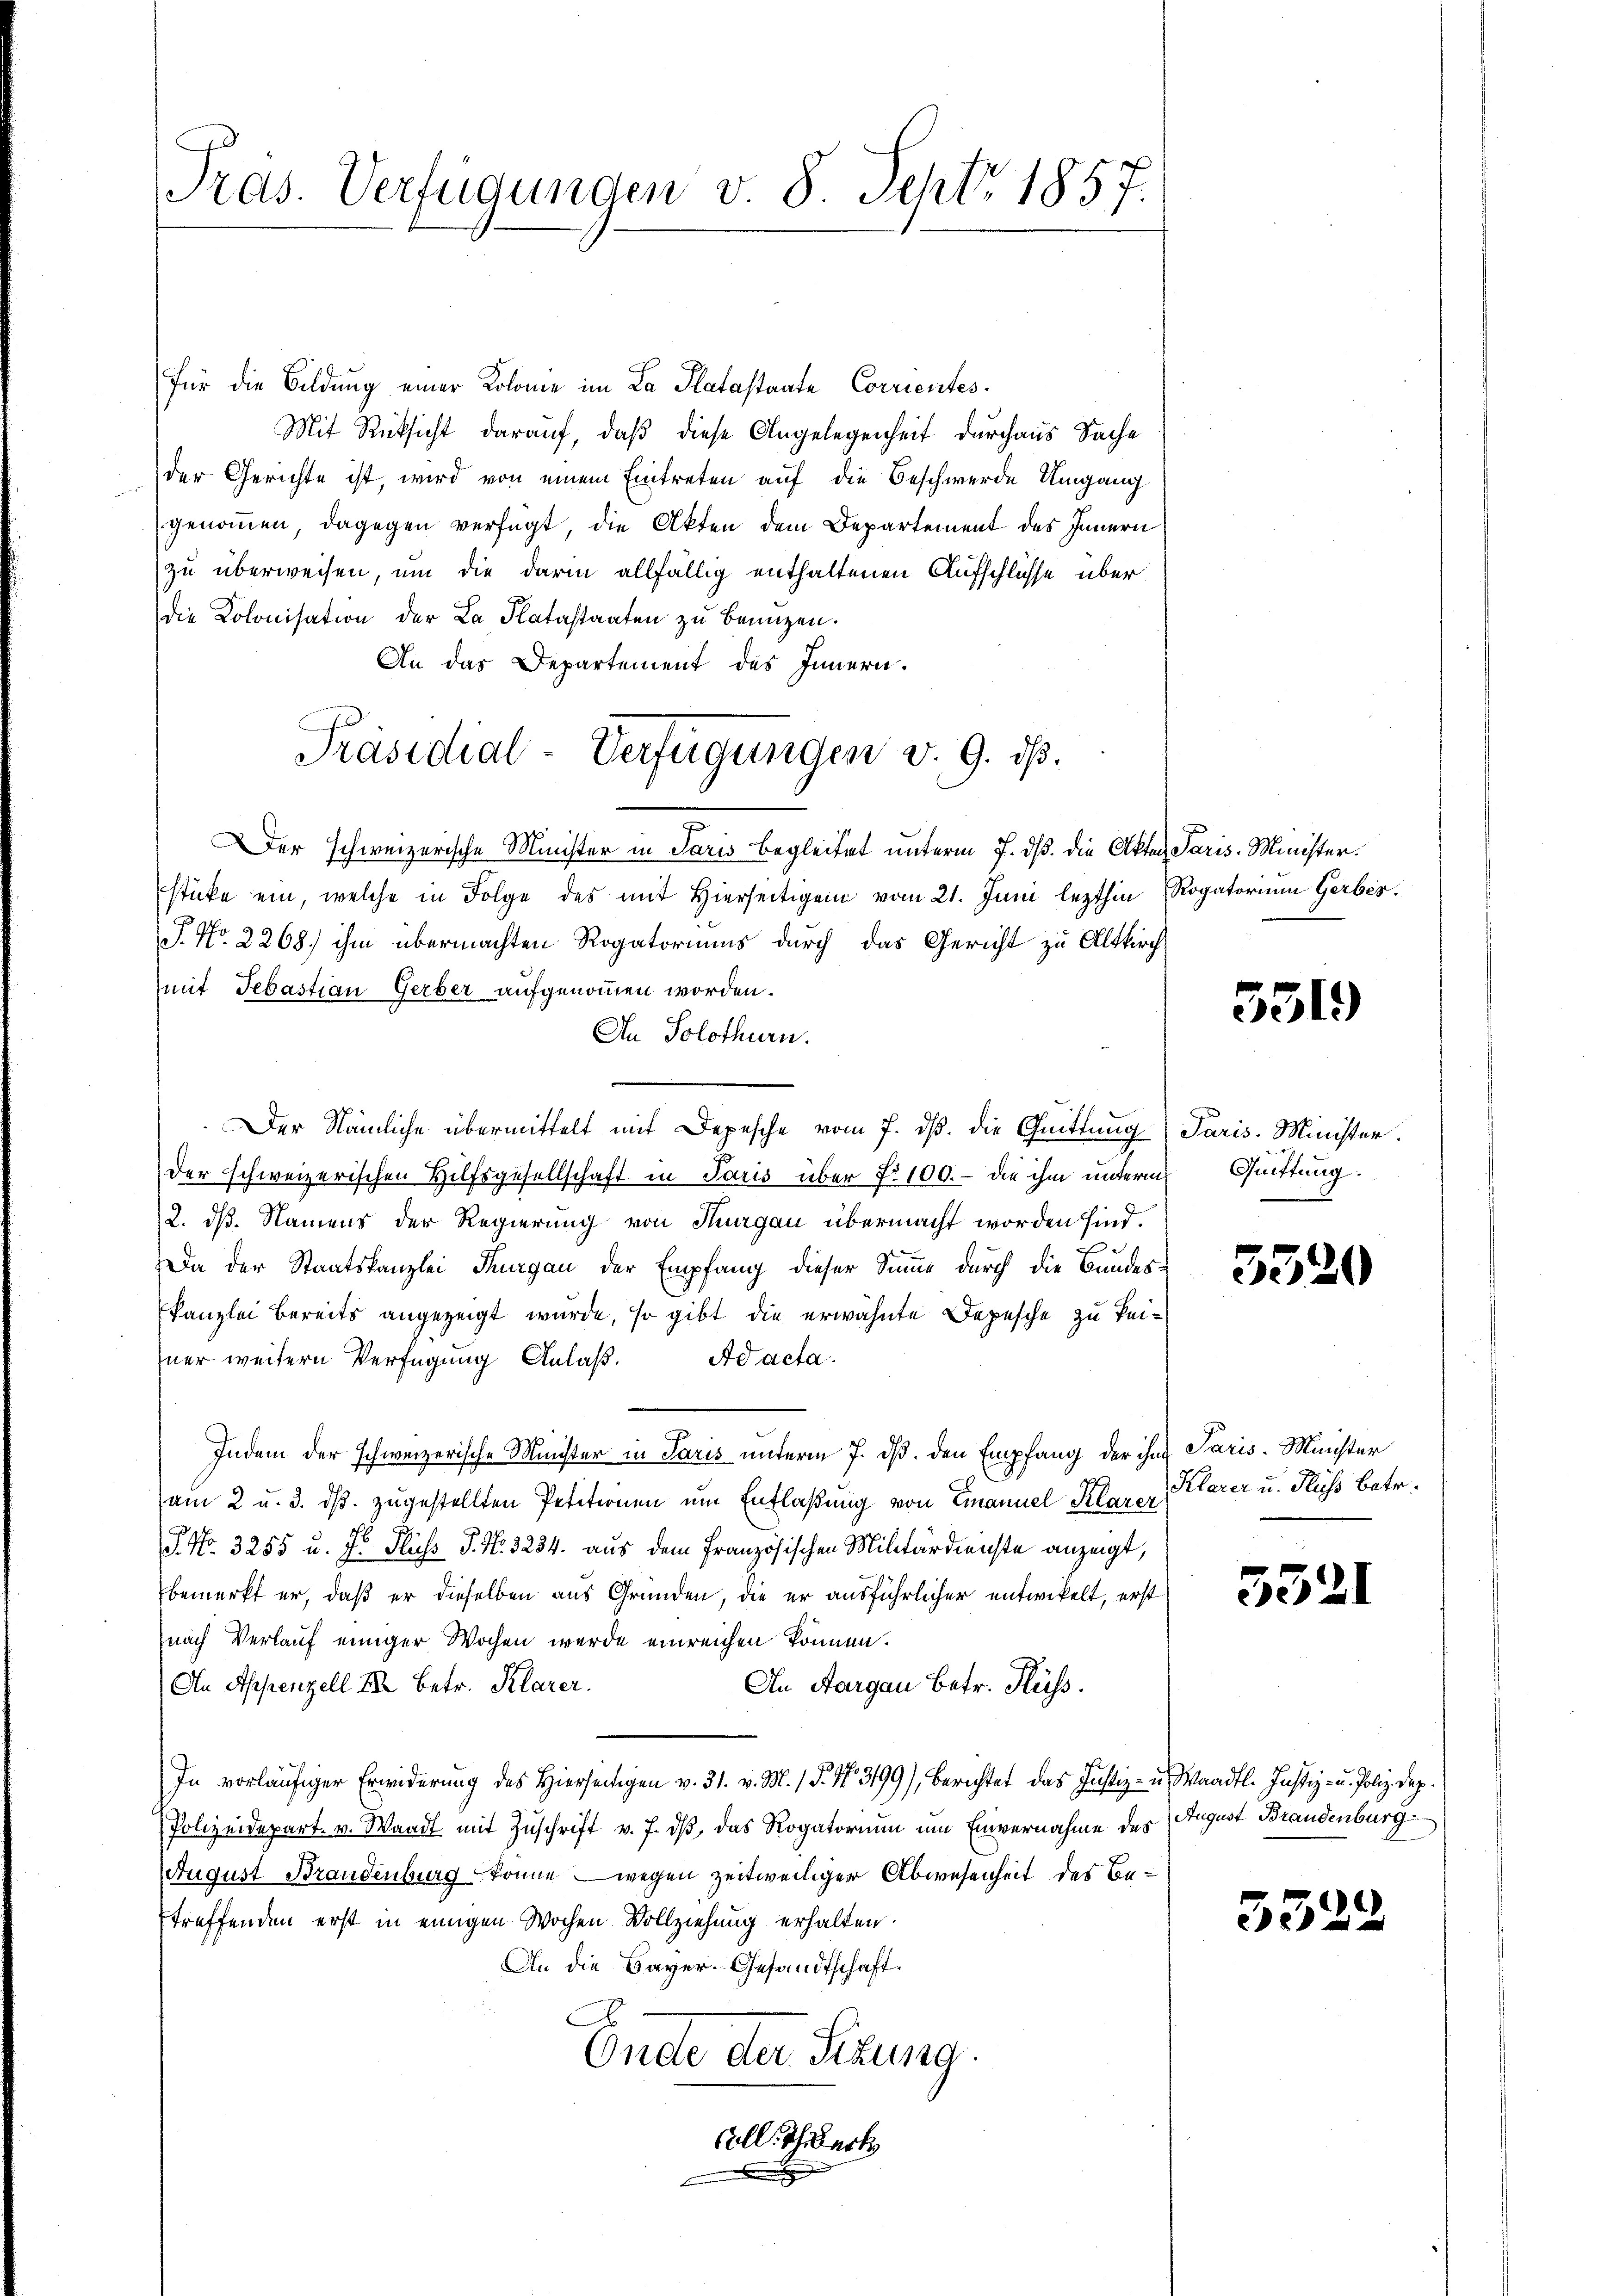
Pras. Verfügungen v. 8. Sept. 1857.

für die Bildung einer Kolonie im La Platastante Corrientes.
Mit Rücksicht darauf, daß diese Angelegenheit durchaus Sache
der Gerichte ist, wird von einem Eintreten auf die Beschwerde Umgang
genommen, dagegen verfügt, die Akten dem Departement des Innern
zu überweisen, um die darin allfällig enthaltenen Aufschlüsse über
die Kolonisation der La Platastaaten zu benuzen.
An das Departement des Innern.
Der schweizerische Minister in Paris begleitet unterm 7. ds. die Akten Paris Ministersticke ein, welche in Folge des mit Hierseitigen vom 21. Juni lezthin Rogatorium Gerbes,
P. Nr. 2268) ihm übermachten Rogatoriums durch das Gericht zu Altkirch
mit Sebastian Gerber aufgenommen worden.
An Solothurn.
Der Nämliche übermittelt mit Depesche vom 7. ds. die Quittung
Der schweizerischen Hilfsgesellschaft in Paris über No 100. - die ihm unterm
2. dß. Namens der Regierung von Thurgau übermacht worden sind.
Da der Staatskanzlei Thurgau der Empfang dieser Sinne durch die Bundeskanzlei bereits angezeigt wurde, so gibt die erwähnte Depesche zu keiner weitern Verfügŭng Anlaβ. Ad acta.
Indem der schweizerische Minister in Paris unterm 7. ds. den Empfang der ihm Paris. Meister
am 2 u. 3. ds. zugestellten Petitionen um Entlaßung von Emanuel Klarer
J. No. 3255 u. Hr. Fluss P. No. 3234. aus dem französischen Militärdienste anzeigt,
bemerkt er, daß er dieselben aus Gründen, die er ausführlicher entwickelt, erst
nach Verlauf einiger Wochen wurde einreichen können.
An Appenzell I. Betr. Klarer.
An Aargau betr. Fluss.
In vorläufiger Erwiderung des Hierseitigen v. 31. v. M. 1 P. Nr. 3199), Berichtet das Justiz- u. Waadt. Justiz- u. Poliz. Dep
Polizeidepart. v. Waadt mit Zuschrift v. J. dß, das Rogatorium um Einvernahme des
August Brandenburg könne wegen zeitweiliger Abwesenheit des Betreffenden erst in einigen Wochen Vollziehung erhalten.
An die Bayer. Gesandtschaft.
C
Ende der Sizung.
Coll. Thiert

Präsidial-Verfügungen v. 9. dß.

551)

Paris. Minister.
Quittung.

3520

Klarer u. Fluss betr.

5321

August Brandenburg

332.